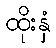
ထိုးနှံ